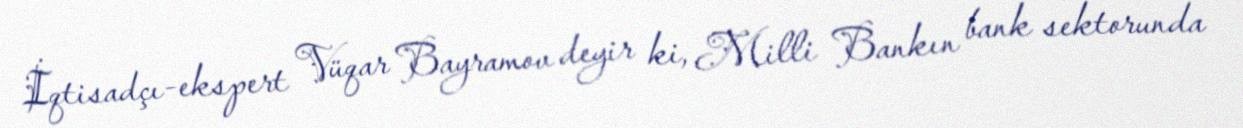
İqtisadçı-ekspert Vüqar Bayramov deyir ki, Milli Bankın bank sektorunda